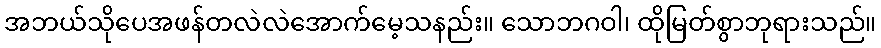
အဘယ်သိုပေအဖန်တလဲလဲအောက်မေ့သနည်း။ သောဘဂဝါ၊ ထိုမြတ်စွာဘုရားသည်။